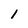
Character: 1